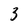
Character: 3